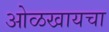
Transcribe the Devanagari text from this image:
ओळखायचा